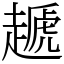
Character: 䞾